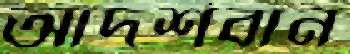
আদর্শবান